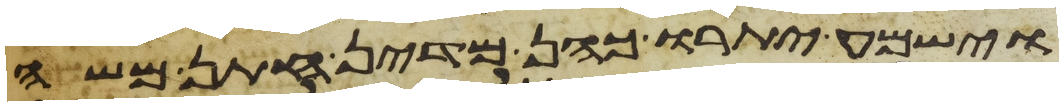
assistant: וישמע יתרו כהן מדין חתן משה